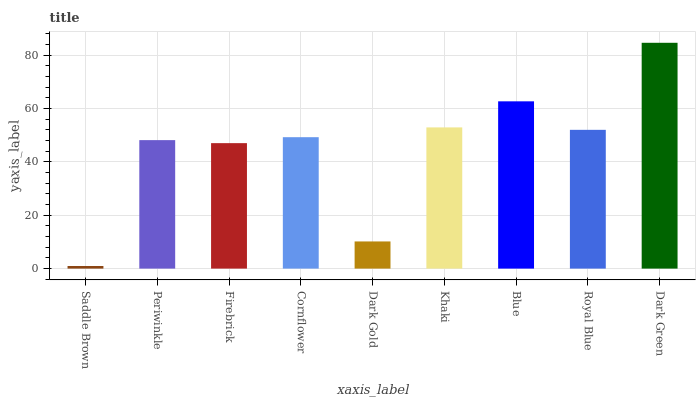
| xaxis_label | bars |
 | --- | --- |
 | Saddle Brown | 0.977 |
 | Periwinkle | 48.2 |
 | Firebrick | 47 |
 | Cornflower | 49.3 |
 | Dark Gold | 10.2 |
 | Khaki | 52.9 |
 | Blue | 62.7 |
 | Royal Blue | 52 |
 | Dark Green | 84.6 |